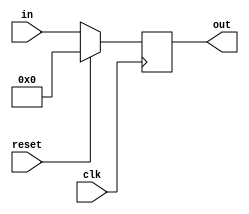
module reg_32bitne(out, in, reset, clk);

output [31:0] out;
reg [31:0] out;
input  [31:0] in;
input clk, reset;

always @(posedge clk)
begin
	if(reset == 1'b1)
		out <= 0;
	else
		out <= in;
end


endmodule